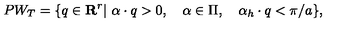
P W _ { T } = \{ q \in { \bf R } ^ { r } | \ \alpha \cdot q > 0 , \quad \alpha \in \Pi , \quad \alpha _ { h } \cdot q < \pi / a \} ,